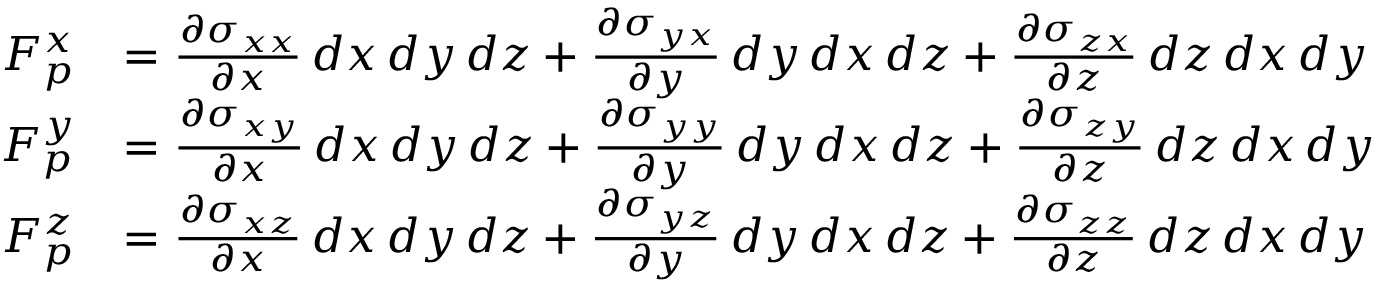
{ \begin{array} { r l } { F _ { p } ^ { x } } & { = { \frac { \partial \sigma _ { x x } } { \partial x } } \, d x \, d y \, d z + { \frac { \partial \sigma _ { y x } } { \partial y } } \, d y \, d x \, d z + { \frac { \partial \sigma _ { z x } } { \partial z } } \, d z \, d x \, d y } \\ { F _ { p } ^ { y } } & { = { \frac { \partial \sigma _ { x y } } { \partial x } } \, d x \, d y \, d z + { \frac { \partial \sigma _ { y y } } { \partial y } } \, d y \, d x \, d z + { \frac { \partial \sigma _ { z y } } { \partial z } } \, d z \, d x \, d y } \\ { F _ { p } ^ { z } } & { = { \frac { \partial \sigma _ { x z } } { \partial x } } \, d x \, d y \, d z + { \frac { \partial \sigma _ { y z } } { \partial y } } \, d y \, d x \, d z + { \frac { \partial \sigma _ { z z } } { \partial z } } \, d z \, d x \, d y { \vphantom { \begin{array} { l } \end{array} } } } \end{array} }